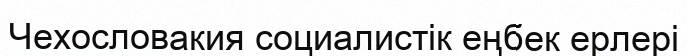
Чехословакия социалистік еңбек ерлері